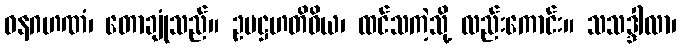
ဝနဂဟဏံ၊ တောချုံသည်။ ဥပဋ္ဌဟတိဝိယ၊ ထင်သကဲ့သို့ လည်းကောင်း။ သသဒ္ဒါလာ၊